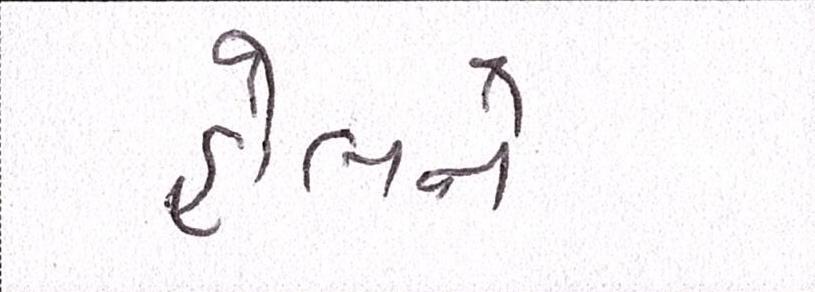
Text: હોલને